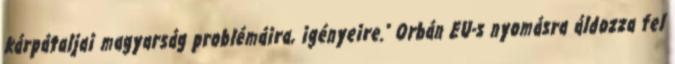
kárpátaljai magyarság problémáira, igényeire." Orbán EU-s nyomásra áldozza fel